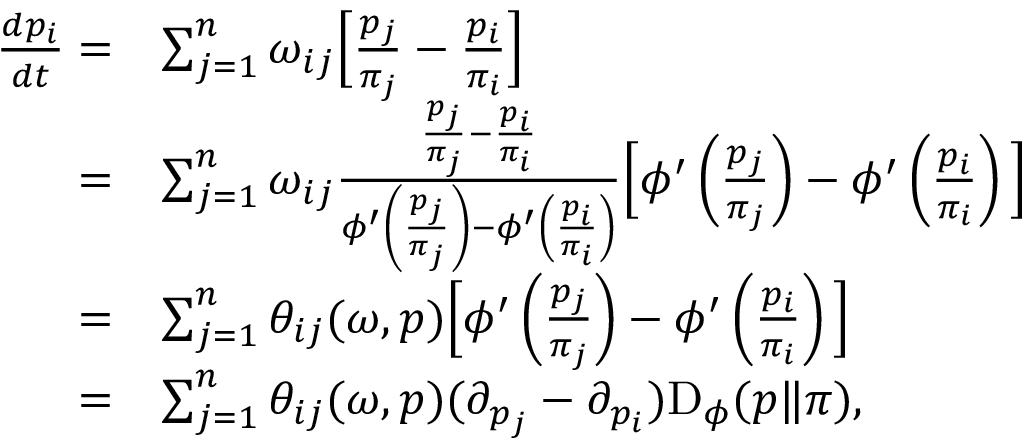
\begin{array} { r l } { \frac { d p _ { i } } { d t } = } & { \sum _ { j = 1 } ^ { n } \omega _ { i j } \Big [ \frac { p _ { j } } { \pi _ { j } } - \frac { p _ { i } } { \pi _ { i } } \Big ] } \\ { = } & { \sum _ { j = 1 } ^ { n } \omega _ { i j } \frac { \frac { p _ { j } } { \pi _ { j } } - \frac { p _ { i } } { \pi _ { i } } } { \phi ^ { \prime } \left( \frac { p _ { j } } { \pi _ { j } } \right) - \phi ^ { \prime } \left( \frac { p _ { i } } { \pi _ { i } } \right) } \Big [ \phi ^ { \prime } \left( \frac { p _ { j } } { \pi _ { j } } \right) - \phi ^ { \prime } \left( \frac { p _ { i } } { \pi _ { i } } \right) \Big ] } \\ { = } & { \sum _ { j = 1 } ^ { n } \theta _ { i j } ( \omega , p ) \Big [ \phi ^ { \prime } \left( \frac { p _ { j } } { \pi _ { j } } \right) - \phi ^ { \prime } \left( \frac { p _ { i } } { \pi _ { i } } \right) \Big ] } \\ { = } & { \sum _ { j = 1 } ^ { n } \theta _ { i j } ( \omega , p ) ( \partial _ { p _ { j } } - \partial _ { p _ { i } } ) \mathrm { D } _ { \phi } ( p \| \pi ) , } \end{array}